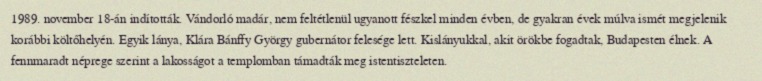
1989. november 18-án indították. Vándorló madár, nem feltétlenül ugyanott fészkel minden évben, de gyakran évek múlva ismét megjelenik korábbi költőhelyén. Egyik lánya, Klára Bánffy György gubernátor felesége lett. Kislányukkal, akit örökbe fogadtak, Budapesten élnek. A fennmaradt néprege szerint a lakosságot a templomban támadták meg istentiszteleten.